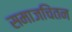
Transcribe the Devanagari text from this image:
समाजचिंतन